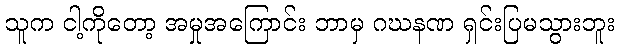
သူက ငါ့ကိုတော့ အမှုအကြောင်း ဘာမှ ဂဃနဏ ရှင်းပြမသွားဘူး